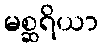
မစ္ဆရိယာ